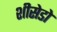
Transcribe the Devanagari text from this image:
शीसेडो